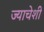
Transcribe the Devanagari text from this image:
ज्याचेशी